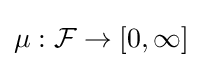
\mu :{\mathcal {F}}\to [0,\infty ]